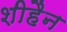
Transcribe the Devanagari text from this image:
शीहैन